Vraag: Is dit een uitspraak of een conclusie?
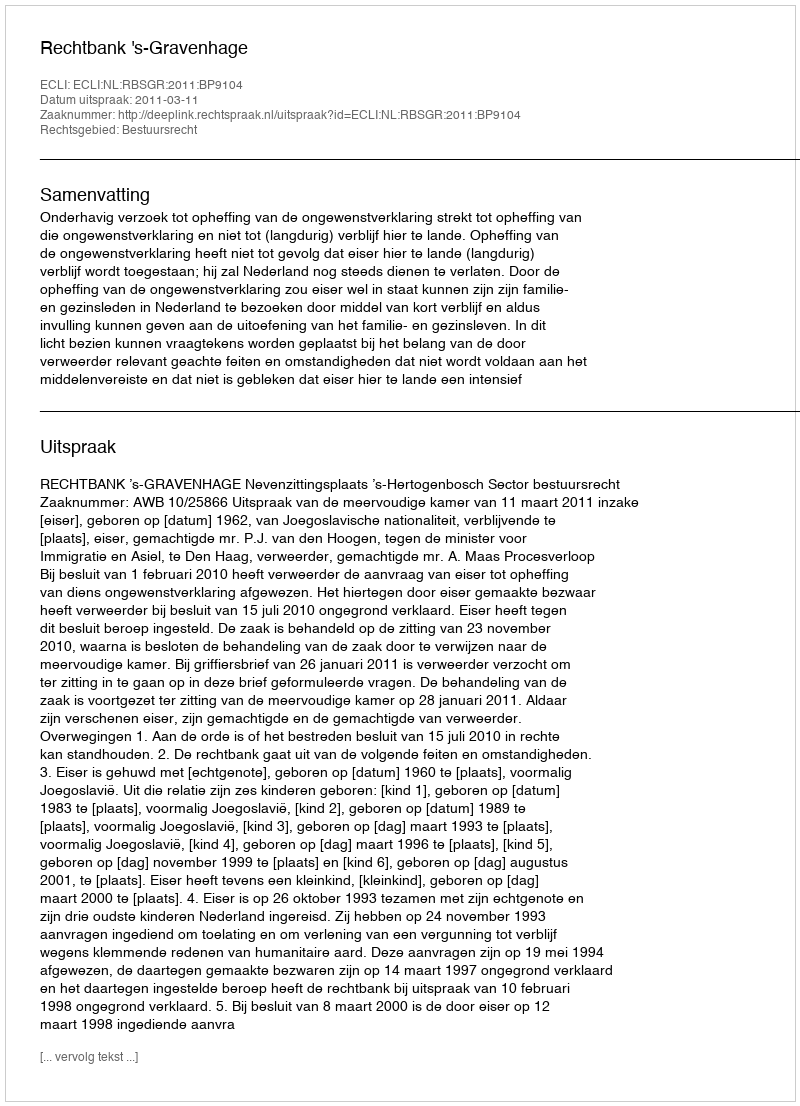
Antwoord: Uitspraak